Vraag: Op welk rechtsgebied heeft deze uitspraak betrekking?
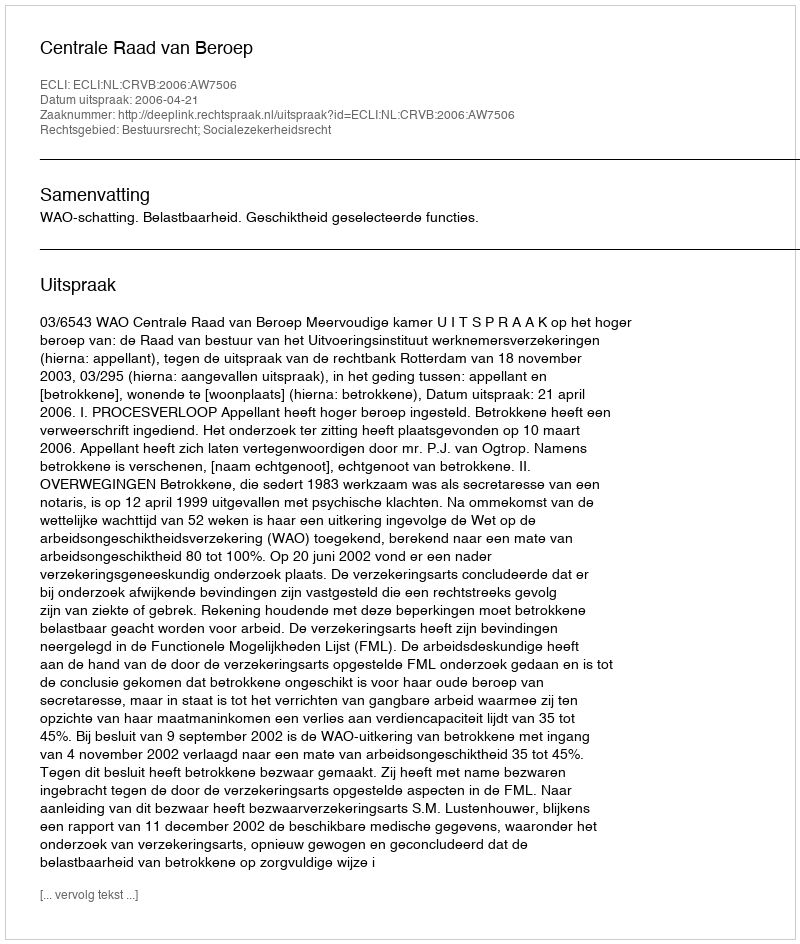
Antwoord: Bestuursrecht; Socialezekerheidsrecht